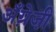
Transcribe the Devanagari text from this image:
अँग्रे़जी़